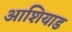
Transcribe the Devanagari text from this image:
आशियाड